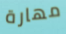
مهارة